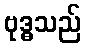
ဗုဒ္ဓသည်